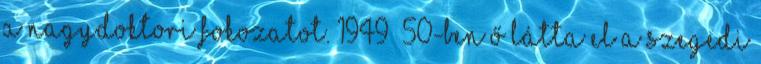
a nagydoktori fokozatot. 1949 50-ben ő látta el a szegedi